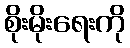
စိုးမိုးရေးကို